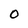
Character: 0